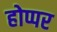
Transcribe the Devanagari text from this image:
होप्पर